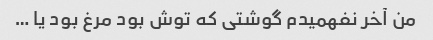
من آخر نفهمیدم گوشتی که توش بود مرغ بود یا …